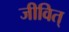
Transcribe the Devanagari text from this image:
जीवित्